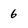
Character: 6